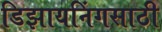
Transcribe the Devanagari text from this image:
डिझायनिंगसाठी